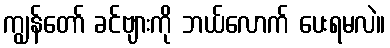
ကျွန်တော် ခင်ဗျားကို ဘယ်လောက် ပေးရမလဲ။